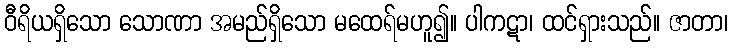
ဝီရိယရှိသော သောဏာ အမည်ရှိသော မထေရ်မဟူ၍။ ပါကဋာ၊ ထင်ရှားသည်။ ဇာတာ၊